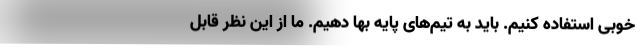
خوبی استفاده کنیم. باید به تیم‌های پایه بها دهیم. ما از این نظر قابل